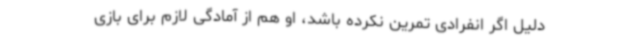
دلیل اگر انفرادی تمرین نکرده باشد، او هم از آمادگی لازم برای بازی